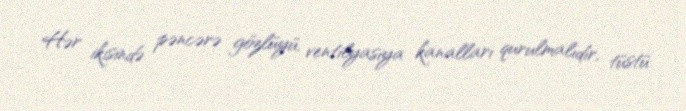
Hər ikisində pəncərə gözlüyü, ventilyasiya kanalları qurulmalıdır, tüstü